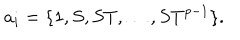
LaTeX: a _ { i } = \{ 1 , S , S T , \dots , S T ^ { p - 1 } \} .